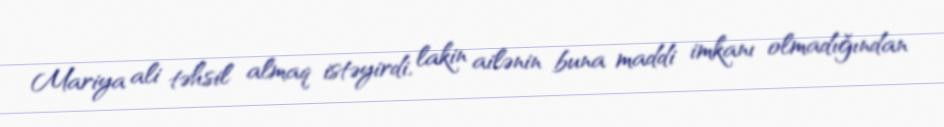
Mariya ali təhsil almaq istəyirdi, lakin ailənin buna maddi imkanı olmadığından